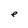
Character: e